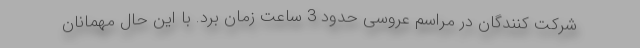
شرکت کنندگان در مراسم عروسی حدود 3 ساعت زمان برد. با این حال مهمانان